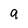
Character: a